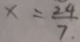
x = \frac { 2 4 } { 7 }